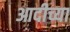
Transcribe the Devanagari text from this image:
आदीच्या